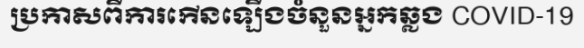
ប្រកាសពីការកើនឡើងចំនួនអ្នកឆ្លង COVID-19